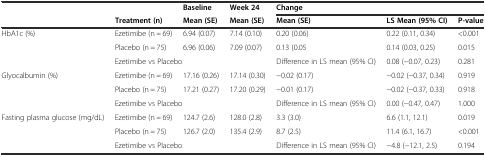
<table><thead><tr><td></td><td></td><td><b>Baseline</b></td><td><b>Week 24</b></td><td colspan="3"><b>Change</b></td></tr><tr><td></td><td><b>Treatment (n)</b></td><td><b>Mean (SE)</b></td><td><b>Mean (SE)</b></td><td><b>Mean (SE)</b></td><td><b>LS Mean (95% CI)</b></td><td><b>P-value</b></td></tr></thead><tbody><tr><td rowspan="3">HbA1c (%)</td><td>Ezetimibe (n = 69)</td><td>6.94 (0.07)</td><td>7.14 (0.10)</td><td>0.20 (0.06)</td><td>0.22 (0.11, 0.34)</td><td>&lt;0.001</td></tr><tr><td>Placebo (n = 75)</td><td>6.96 (0.06)</td><td>7.09 (0.07)</td><td>0.13 (0.05</td><td>0.14 (0.03, 0.25)</td><td>0.015</td></tr><tr><td colspan="2">Ezetimibe vs Placebo</td><td></td><td>Difference in LS mean (95% CI)</td><td>0.08 (−0.07, 0.23)</td><td>0.281</td></tr><tr><td rowspan="3">Glyocalbumin (%)</td><td>Ezetimibe (n = 69)</td><td>17.16 (0.26)</td><td>17.14 (0.30)</td><td>−0.02 (0.17)</td><td>−0.02 (−0.37, 0.34)</td><td>0.919</td></tr><tr><td>Placebo (n = 75)</td><td>17.21 (0.27)</td><td>17.20 (0.29)</td><td>−0.01 (0.17)</td><td>−0.02 (−0.37, 0.33)</td><td>0.918</td></tr><tr><td colspan="2">Ezetimibe vs Placebo</td><td></td><td>Difference in LS mean (95% CI)</td><td>0.00 (−0.47, 0.47)</td><td>1.000</td></tr><tr><td rowspan="3">Fasting plasma glucose (mg/dL)</td><td>Ezetimibe (n = 69)</td><td>124.7 (2.6)</td><td>128.0 (2.8)</td><td>3.3 (3.0)</td><td>6.6 (1.1, 12.1)</td><td>0.019</td></tr><tr><td>Placebo (n = 75)</td><td>126.7 (2.0)</td><td>135.4 (2.9)</td><td>8.7 (2.5)</td><td>11.4 (6.1, 16.7)</td><td>&lt;0.001</td></tr><tr><td colspan="2">Ezetimibe vs Placebo</td><td></td><td>Difference in LS mean (95% CI)</td><td>−4.8 (−12.1, 2.5)</td><td>0.194</td></tr></tbody></table>